Leaving Certificate Examination (including Day School Certificate (Higher) General paper), 1938
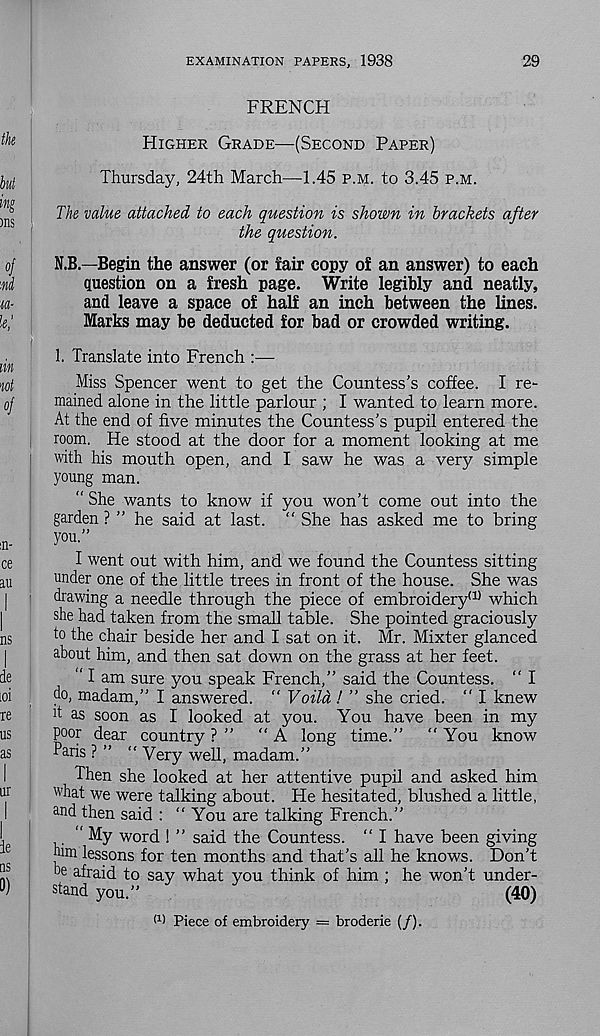
EXAMINATION PAPERS, 1938
29
FRENCH
.
Higher Grade—(Second Paper)
Thursday, 24th March—1.45 p.m. to 3.45 p.m.
The value attached to each question is shown in brackets after
the question.
N.B.—Begin the answer (or fair copy of an answer) to each
question on a fresh page. Write legibly and neatly,
and leave a space of half an inch between the lines.
Marks may be deducted for bad or crowded writing.
[
1. Translate into French :—
Miss Spencer went to get the Countess’s coffee. I re-
mained alone in the little parlour ; I wanted to learn more.
At the end of five minutes the Countess’s pupil entered the
room. He stood at the door for a moment looking at me
with his mouth open, and I saw he was a very simple
young man.
“ She wants to know if you won’t come out into the
garden ? ” he said at last. " She has asked me to bring
you.”
I went out with him, and we found the Countess sitting
under one of the little trees in front of the house. She was
drawing a needle through the piece of embroidery* 10 which
she had taken from the small table. She pointed graciously
to the chair beside her and I sat on it. Mr. Mixter glanced
about him, and then sat down on the grass at her feet.
“ I am sure you speak French,” said the Countess. ” I
do, madam,” I answered. “ Voild ! ” she cried. “ I knew
k as soon as I looked at you. You have been in my
poor dear country ? ”
“A long time.”
"You know
Paris ? ” “ Very well, madam.”
Then she looked at her attentive pupil and asked him
what we were talking about. He hesitated, blushed a little,
and then said : “ You are talking French.”
“ My word ! ” said the Countess. “ I have been giving
mm lessons for ten months and that’s all he knows. Don’t
he afraid to say what you think of him ; he won’t under-
stand you.”
(40)
(1 ) Piece of embroidery = broderie (/).